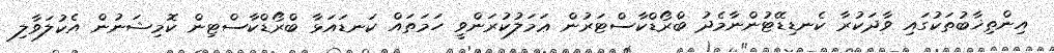
އިންތިޚާބުތަކުގައި ވާދަކުރާ ކެނޑިޑޭޓުންނާމެދު ބްރޯޑްކާސްޓަރުން ޢަމަލުކުރަންވީ ހަމަތައް ކަނޑައަޅާ ބްރޯޑްކާސްޓިން ކޮމިޝަނުން އެކުލަވާލި